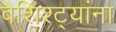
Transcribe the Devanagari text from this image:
वैशिश्ट्यांना